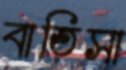
বাতিসা